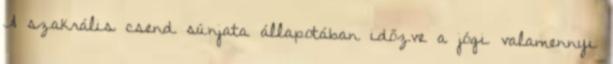
A szakrális csend súnjata állapotában időzve a jógi valamennyi